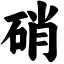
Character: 硝